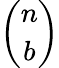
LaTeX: \binom{n}{b}